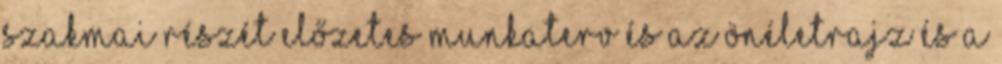
szakmai részét előzetes munkaterv és az önéletrajz és a